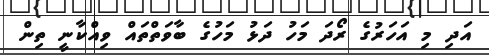
އަދި މި އަހަރުގެ ރޯދަ މަހު ދަޅު މަހުގެ ބާވަތްތައް ވިއްކާނީ ތިން